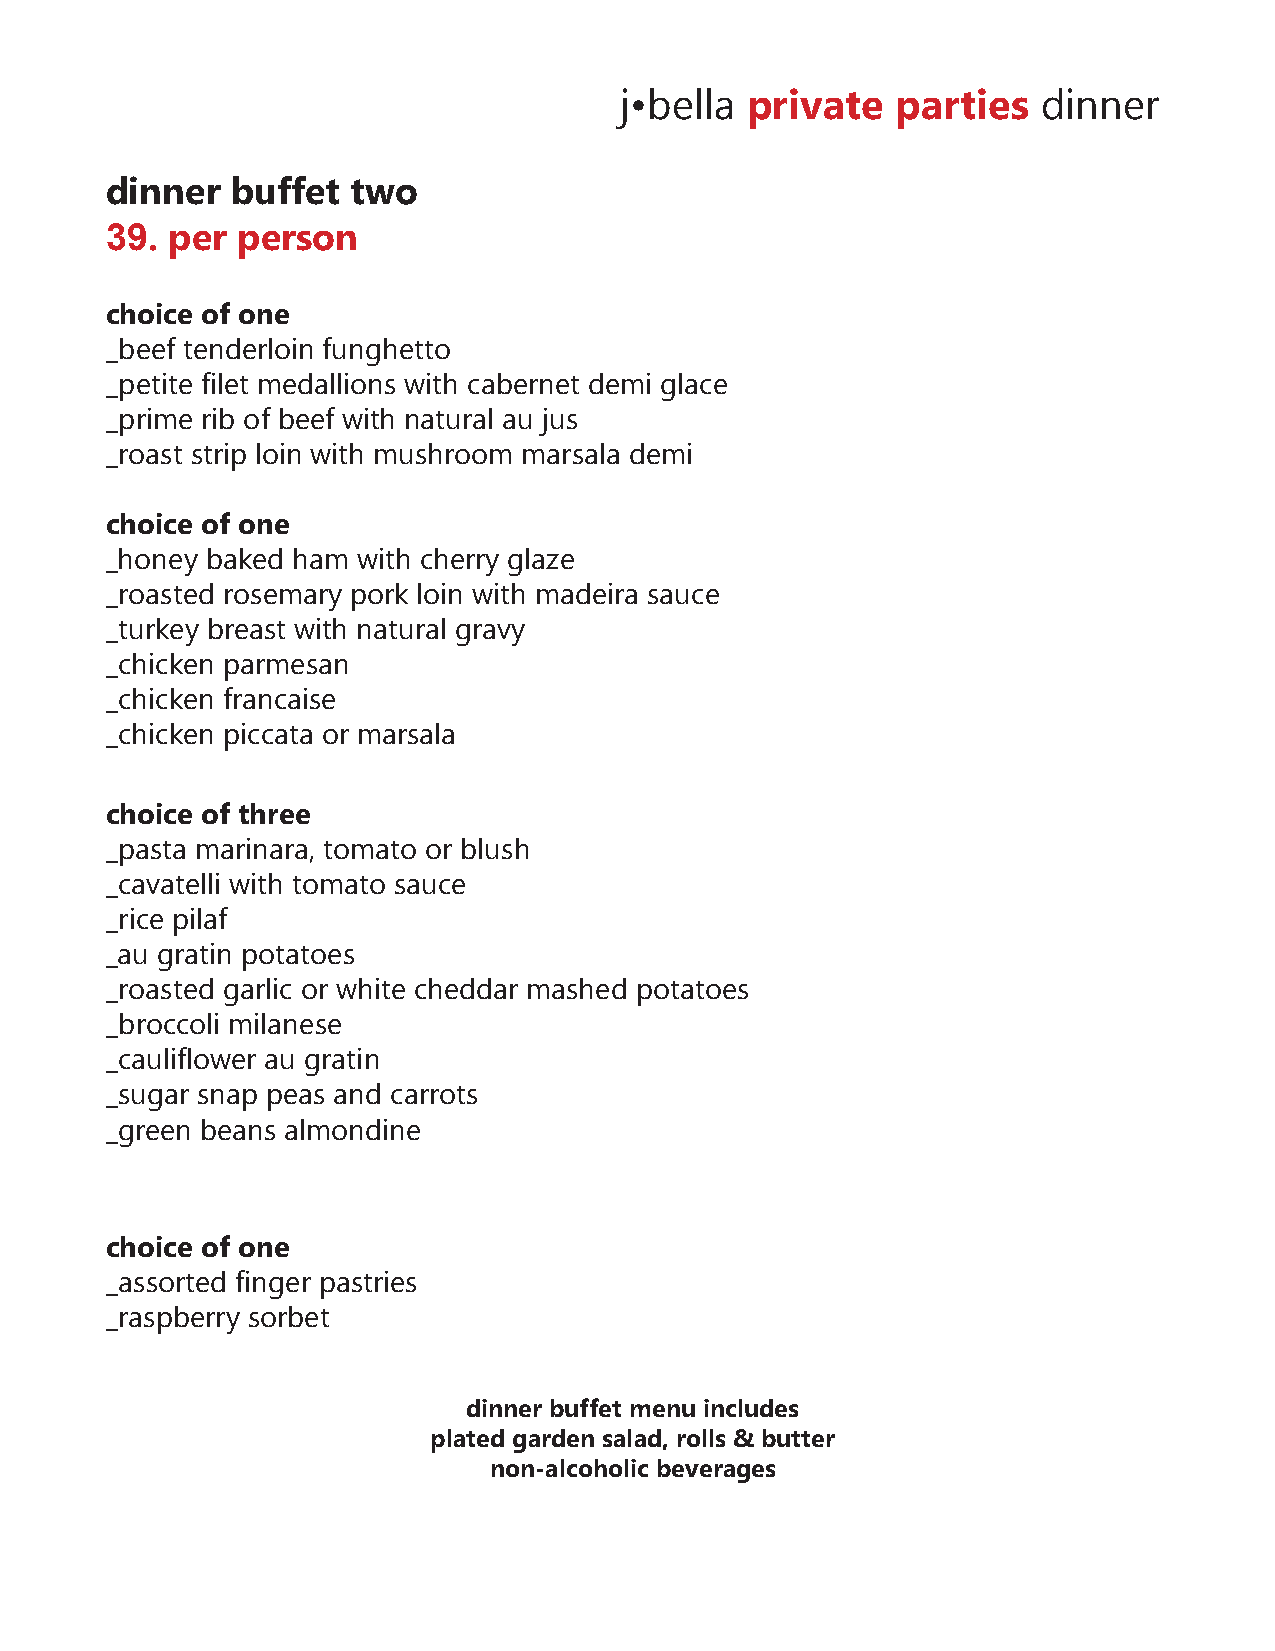
j•bella private   parties   dinner
 dinner  buffet  two
 39. per  person
 choice of one
 _beef tenderloin funghetto
 _petite filet medallions with cabernet demi glace
 _prime rib of beef with natural au jus
 _roast strip loin with mushroom marsala demi
 choice of one
 _honey baked ham with cherry glaze
 _roasted rosemary pork loin with madeira sauce
 _turkey breast with natural gravy
 _chicken parmesan
 _chicken francaise
 _chicken piccata or marsala
 choice of three
 _pasta marinara, tomato or blush
 _cavatelli with tomato sauce
 _rice pilaf
 _au gratin potatoes
 _roasted garlic or white cheddar mashed potatoes
 _broccoli milanese
 _cauliflower au gratin
 _sugar snap peas and carrots
 _green beans almondine
 choice of one
 _assorted finger pastries
 _raspberry sorbet
 dinner buffet menu includes
 plated garden salad, rolls & butter
 non-alcoholic beverages